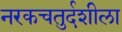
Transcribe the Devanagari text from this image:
नरकचतुर्दशीला